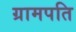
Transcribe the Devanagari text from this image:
ग्रामपति